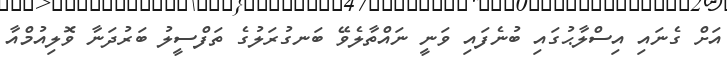
އަށް ގެނައި އިސްލާޙުގައި ބުނެފައި ވަނީ ނައްތާލެވޭ ބަނގުރަލުގެ ތަފްސީލު ބަރުދަނާ ވޮލިއުމްއާ